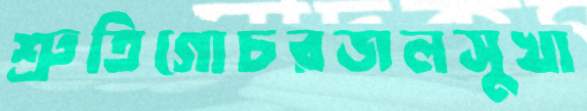
শ্রুতিগোচরজলসুখা